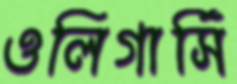
ওলিগার্সি